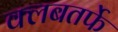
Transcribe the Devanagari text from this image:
क्लबतर्फे